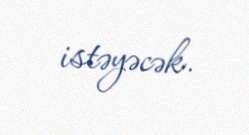
istəyəcək.